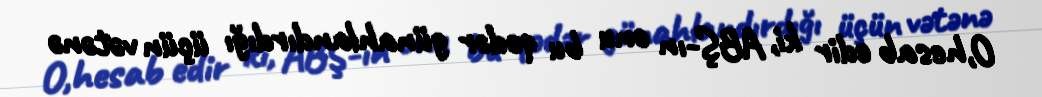
O,hesab edir ki, ABŞ-ın onu bu qədər günahlandırdığı üçün vətənə